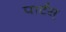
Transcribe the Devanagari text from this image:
पार्टस्